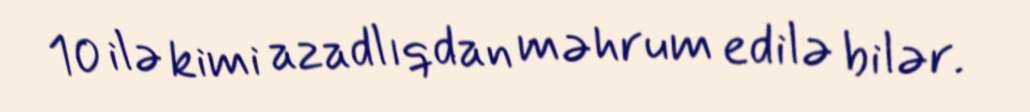
10 ilə kimi azadlıqdan məhrum edilə bilər.